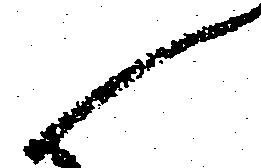
候